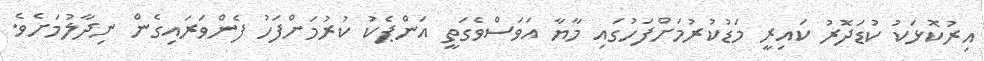
އިރުކޮޅަކު ކުޑަދޮރު ކައިރީ މަޑުކުރުމަށްފަހުގައި މާޔާ އަވަސްވެގަތީ އަންޕެކު ކުރުމަށްފަހު ފެންވަރައިގެން ނިދާލުމަށެވެ.